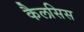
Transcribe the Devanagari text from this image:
कैलसिस